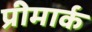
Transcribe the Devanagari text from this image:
प्रीमार्क